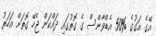
އޭގެ އަގުގެ %50 އެޑްވާންސް ގެ ގޮތުގައި ދައްކަން ޖެހޭ ގޮތަށް އަހަރު